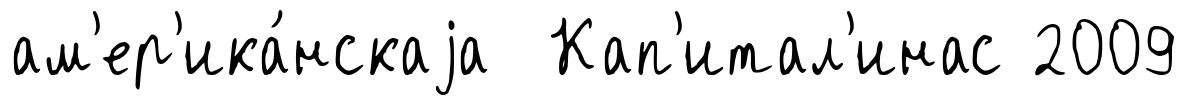
ам'ер'ика́нскаjа Кап'итал'инас 2009